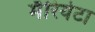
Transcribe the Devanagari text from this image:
मॅरियेटा